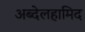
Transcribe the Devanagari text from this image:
अब्देलहामिद